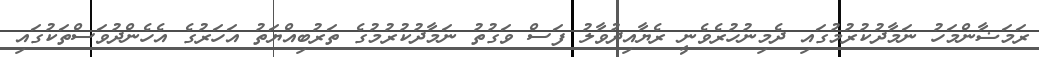
ރަމަޟާންމަހު ނަމާދުކުރުމުގައި ދެމިނުހުރެވެނީ ރެޔާއިދުވާލު ފަސް ވަގުތު ނަމާދުކުރުމުގެ ތަރުބިއްޔަތު އަހަރުގެ އެހެންދުވަސްތަކުގައި